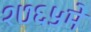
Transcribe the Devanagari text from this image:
१७६५मे